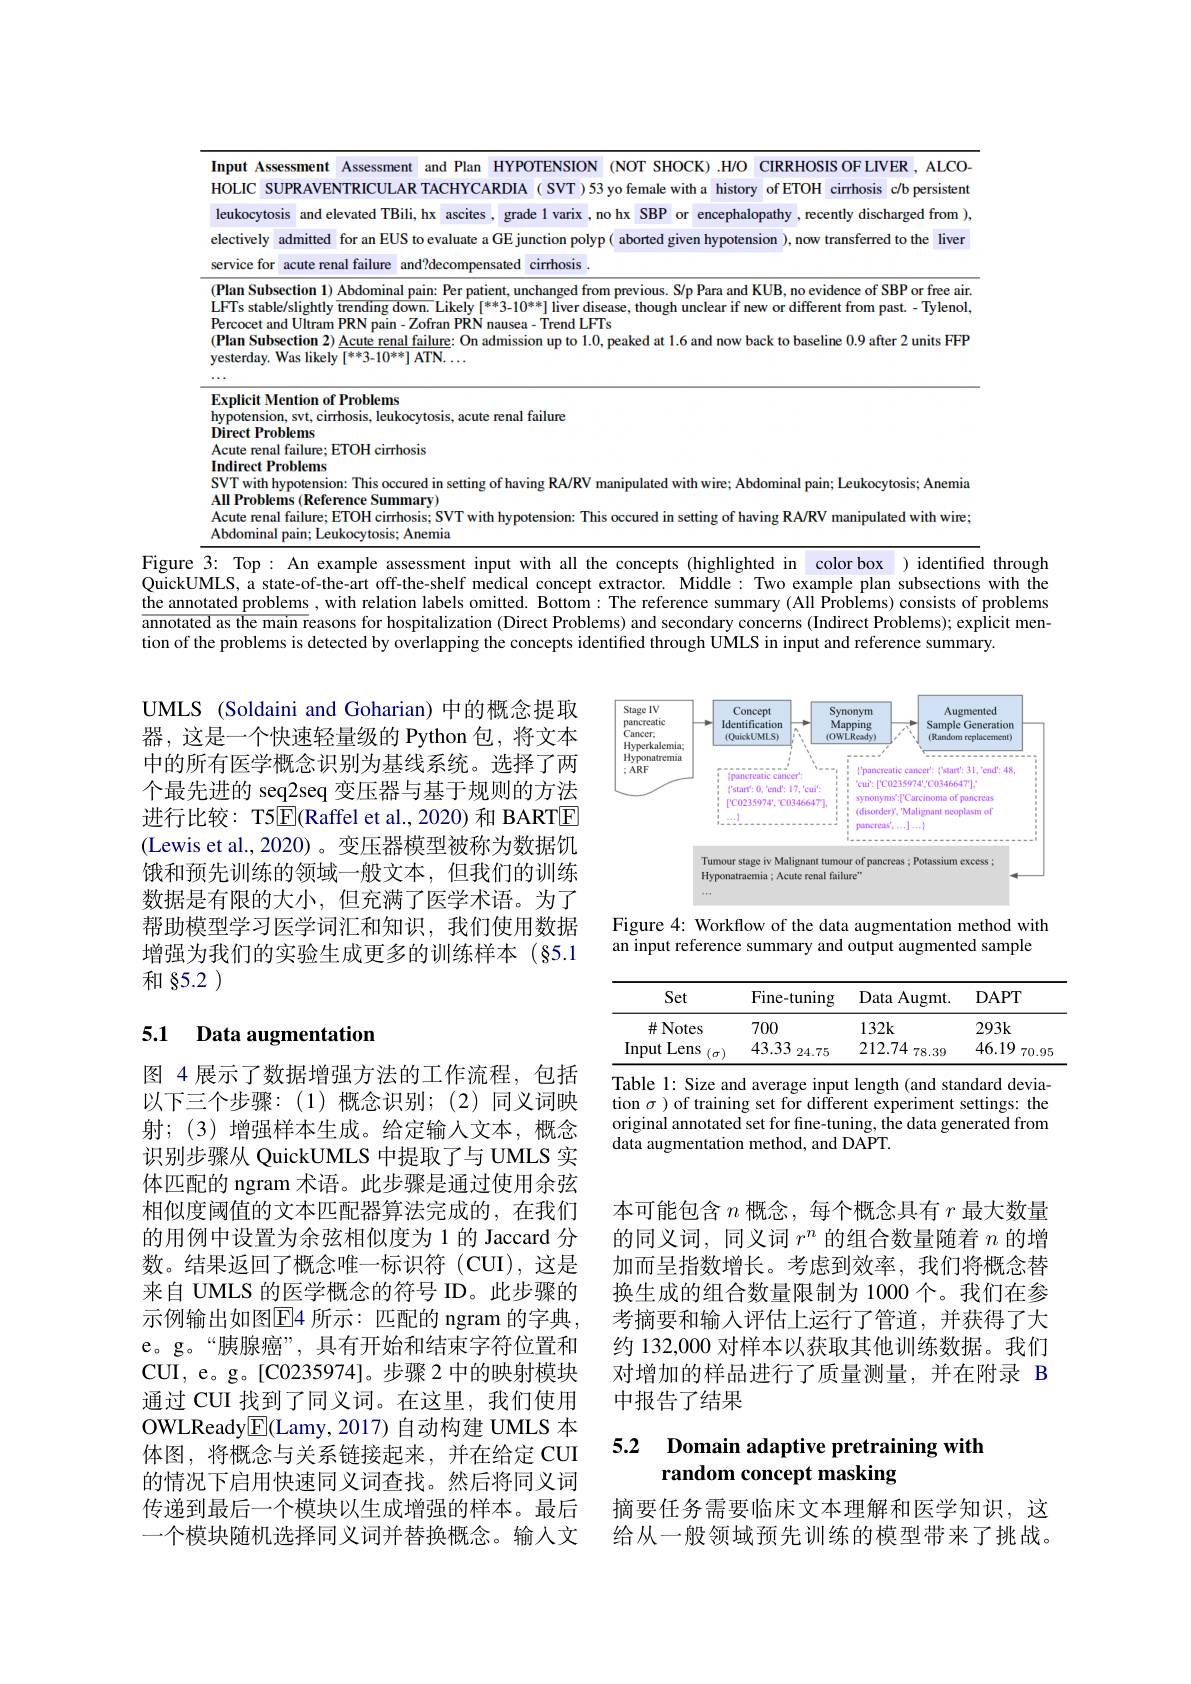
<table>
	<tbody>
		<tr>
			<td>Inl HC</td>
			<td>sessment Assessment and 1 Plan HYPOTENSION (NOT SHOCK) $1.H/0$ CIRRHOSIS OF LIVER , ALCO- UPRAVEIN of ErOH $c/b$ persistent</td>
		</tr>
		<tr>
			<td>$Ex$ hyi Dil</td>
			<td>Iention of Problems on, svt, cirrhosis, leukocytosis, acute renal failure oblems</td>
		</tr>
		<tr>
			<td>3 · $\bullet$</td>
			<td>An example 1. thp concents (highlighted in color box ) identified</td>
		</tr>
	</tbody>
</table>
Figure
through
QuickUMLS, a state-of-the-art off-the-shelf medical concept extractor. Middle: Two example plan subsections with the

the annotated problems, with relation labels omitted. Bottom: The reference summary (All Problems) consists of problems $\overline{\text{annotated as the main reasons for hospitalization }(\text{Direct Problems) and secondary concerns }(\text{Indirect Problems});\text{ explicit men-}}$ tion of the problems is detected by overlapping the concepts identified through UMLS in input and reference summary.

<FigureHere>
Figure 4: Workflow of the data augmentation method with

UMLS (Soldaini and Goharian) 中的概念提取器，这是一个快速轻量级的 Python 包，将文本中的所有医学概念识别为基线系统。选择了两个最先进的 seq2seq 变压器与基于规则的方法进行比较：T5$\boxed{\mathrm{E}}($Raffel et al.,2020) 和 BARTE (Lewis et al.,2020)。变压器模型被称为数据饥饿和预先训练的领域一般文本，但我们的训练数据是有限的大小，但充满了医学术语。为了帮助模型学习医学词汇和知识，我们使用数据增强为我们的实验生成更多的训练样本(§5.1和§5.2 )

an input reference summary and output augmented sample

<table>
	<tbody>
		<tr>
			<th>Set</th>
			<th>Fine-tuning</th>
			<th>Data Augmt</th>
			<th>DAPT</th>
		</tr>
		<tr>
			<td>$\#$Notes</td>
			<td>700</td>
			<td>$132k$</td>
			<td>$293k$</td>
		</tr>
		<tr>
			<td>Input Lens $(\sigma)$</td>
			<td>43.33 24.75</td>
			<td>212.74 78.39</td>
			<td>46.19 70.95</td>
		</tr>
	</tbody>
</table>

## 5.1 Data augmentation

Table 1: Size and average input length (and standard deviation $\sigma)$ of training set for different experiment settings: the original annotated set for fine-tuning, the data generated from data augmentation method, and DAPT.

本可能包含$n$概念，每个概念具有$r$最大数量的同义词，同义词$r^n$的组合数量随着$n$的增加而呈指数增长。考虑到效率，我们将概念替换生成的组合数量限制为 1000个。我们在参考摘要和输入评估上运行了管道，并获得了大约 132,000 对样本以获取其他训练数据。我们对增加的样品进行了质量测量，并在附录 B 中报告了结果

图 4 展示了数据增强方法的工作流程，包括以下三个步骤：(1)概念识别；(2)同义词映射；(3)增强样本生成。给定输入文本，概念识别步骤从 QuickUMLS 中提取了与 UMLS 实体匹配的 ngram 术语。此步骤是通过使用余弦相似度阈值的文本匹配器算法完成的，在我们的用例中设置为余弦相似度为 1 的 Jaccard 分数。结果返回了概念唯一标识符(CUI),这是来自 UMLS 的医学概念的符号 ID。此步骤的示例输出如图E4 所示：匹配的 ngram 的字典， e。g。“胰腺癌”,具有开始和结束字符位置和CUI, e。g。[C0235974]。步骤 2 中的映射模块通过 CUI 找到了同义词。在这里，我们使用OWLReady$\underline{\mathrm{E}}($Lamy,2017)自动构建 UMLS 本体图，将概念与关系链接起来，并在给定 CUI 的情况下启用快速同义词查找。然后将同义词传递到最后一个模块以生成增强的样本。最后一个模块随机选择同义词并替换概念。输入文

### 5.2 Domain adaptive pretraining with random concept masking

摘要任务需要临床文本理解和医学知识，这给从一般领域预先训练的模型带来了挑战。